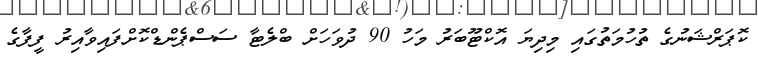
ކޮޕަރްޝަނުގެ ތުހުމަތުގައި މިދިޔަ އޮކްޓޫބަރު މަހު 90 ދުވަހަށް ބްލެޓާ ސަސްޕެންޑްކޮށްފައިވާއިރު ފީފާގެ